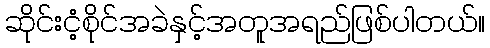
ဆိုင်းငံ့စိုင်အခဲနှင့်အတူအရည်ဖြစ်ပါတယ်။